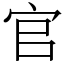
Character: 官